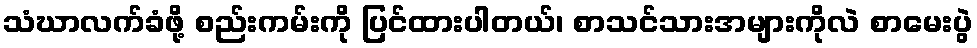
သံဃာလက်ခံဖို့ စည်းကမ်းကို ပြင်ထားပါတယ်၊ စာသင်သားအများကိုလဲ စာမေးပွဲ